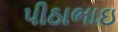
પીઠાભાઇ